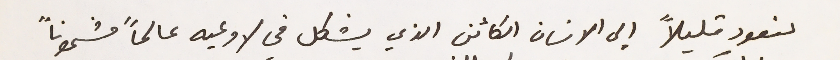
لنعود قليلاً إلي الانسان الكائن الذي يشكل في لا وعيه عالماً مشحوناً